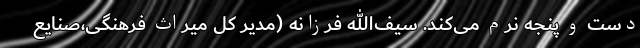
دست و پنجه نرم می‌کند. سیف‌الله فرزانه (مدیر کل میراث فرهنگی،صنایع